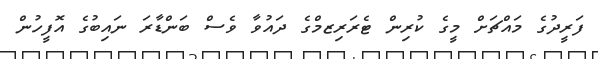
ފަރީދުގެ މައްޗަށް މީގެ ކުރިން ޓެރަރިޒމްގެ ދައުވާ ވެސް ބަންޑާރަ ނައިބުގެ އޮފީހުން